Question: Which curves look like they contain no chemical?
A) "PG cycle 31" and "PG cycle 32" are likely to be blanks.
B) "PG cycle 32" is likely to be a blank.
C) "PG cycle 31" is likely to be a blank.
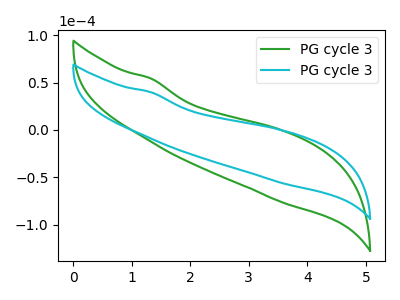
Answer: <think>The green curve "PG cycle 31" has no peaks. The cyan curve "PG cycle 32" has no peaks.</think>
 <answer>A) "PG cycle 31" and "PG cycle 32" are likely to be blanks.</answer>
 <eval>A</eval>